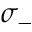
\sigma _ { - }